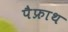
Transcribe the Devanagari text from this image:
पैफ्राथ